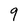
Character: 9